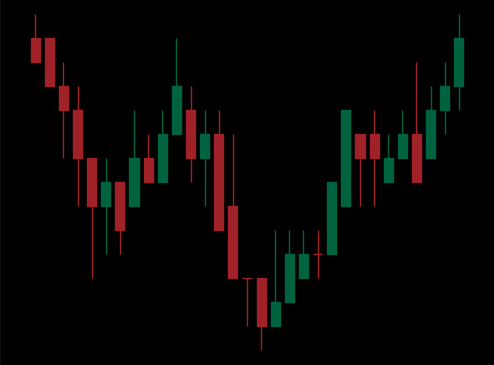
Pattern: inverse_head_shoulders